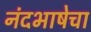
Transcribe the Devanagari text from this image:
नंदभाषेचा